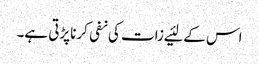
اس کے لئیے زات کی نفی کرناپڑتی ہے۔